Lunatic asylums Burma 1907-21 - 1907-1921
Year: 1907
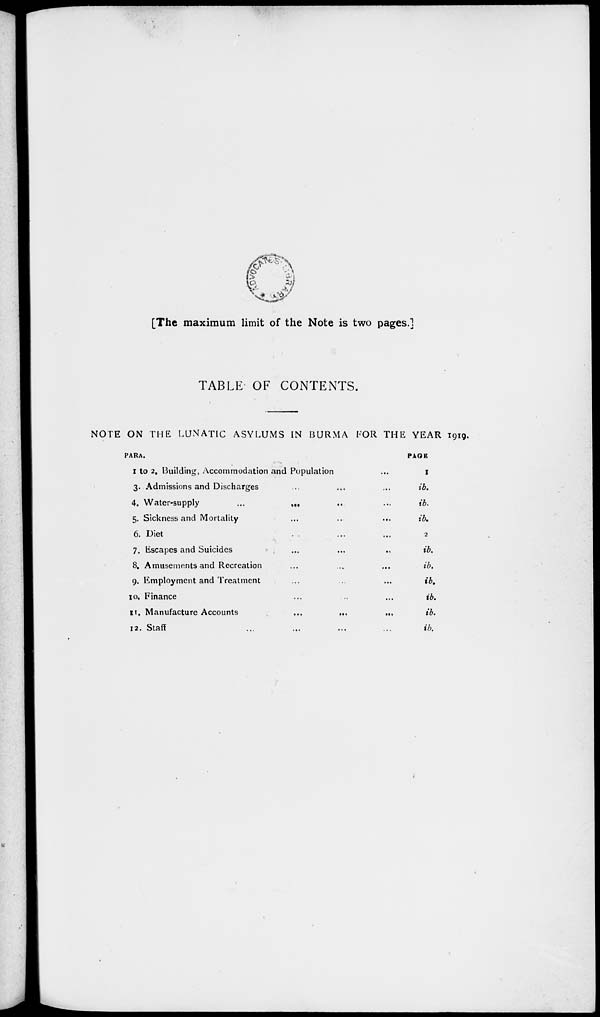
[The maximum limit of the Note is two pages.]
TABLE OF CONTENTS.
NOTE ON THE LUNATIC ASYLUMS IN BURMA FOR THE YEAR 1919.
PARA.
1 to 2. Building, Accommodation and Population ...
3. Admissions and Discharges ... ... ...
4. Water-supply
... ... ... ...
5. Sickness and Mortality ... ... ...
6. Diet ... ... ...
7. Escapes and Suicides ... ... ...
8. Amusements and Recreation ... ... ...
9. Employment and Treatment ... ... ...
10. Finance ... ... ...
11. Manufacture Accounts
...
...
...
12. Staff ... ... ... ...
PAGE
1
ib.
ib.
ib.
2
ib.
ib.
ib.
ib.
ib.
ib.